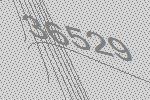
36529